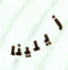
زيلينا